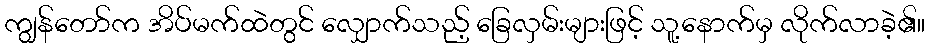
ကျွန်တော်က အိပ်မက်ထဲတွင် လျှောက်သည့် ခြေလှမ်းများဖြင့် သူ့နောက်မှ လိုက်လာခဲ့၏။